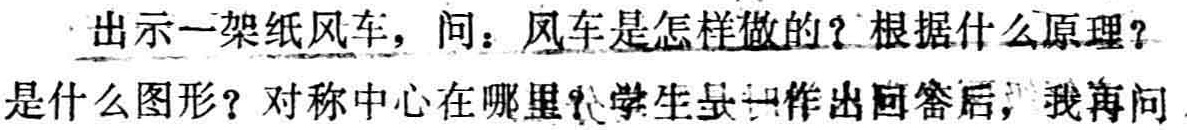
出示一架纸风车，问：风车是怎样做的？根据什么原理？是什么图形？对称中心在哪里？学生最一作出回答后，我再问